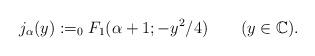
LaTeX: \begin{align*}j_\alpha(y):=_0F_1(\alpha+1;-y^2/4) \quad\quad(y\in\mathbb C).\end{align*}